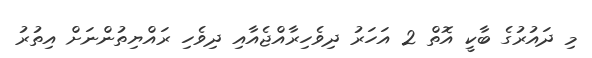
މި ދައުރުގެ ބާކީ އޮތް 2 އަހަރު ދިވެހިރާއްޖެއާއި ދިވެހި ރައްޔިތުންނަށް އިތުރު